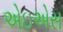
એઇએસ